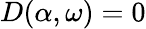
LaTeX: D(\alpha,\omega)=0